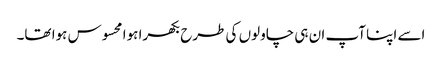
اسے اپنا آپ ان ہی چاولوں کی طرح بکھرا ہوا محسوس ہوا تھا۔